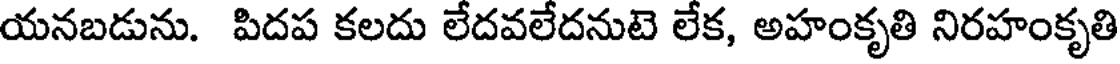
యనబడును. పిదప కలదు లేదవలేదనుటె లేక, అహంకృతి నిరహంకృతి